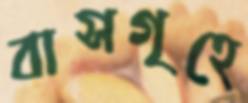
বাসগৃহে